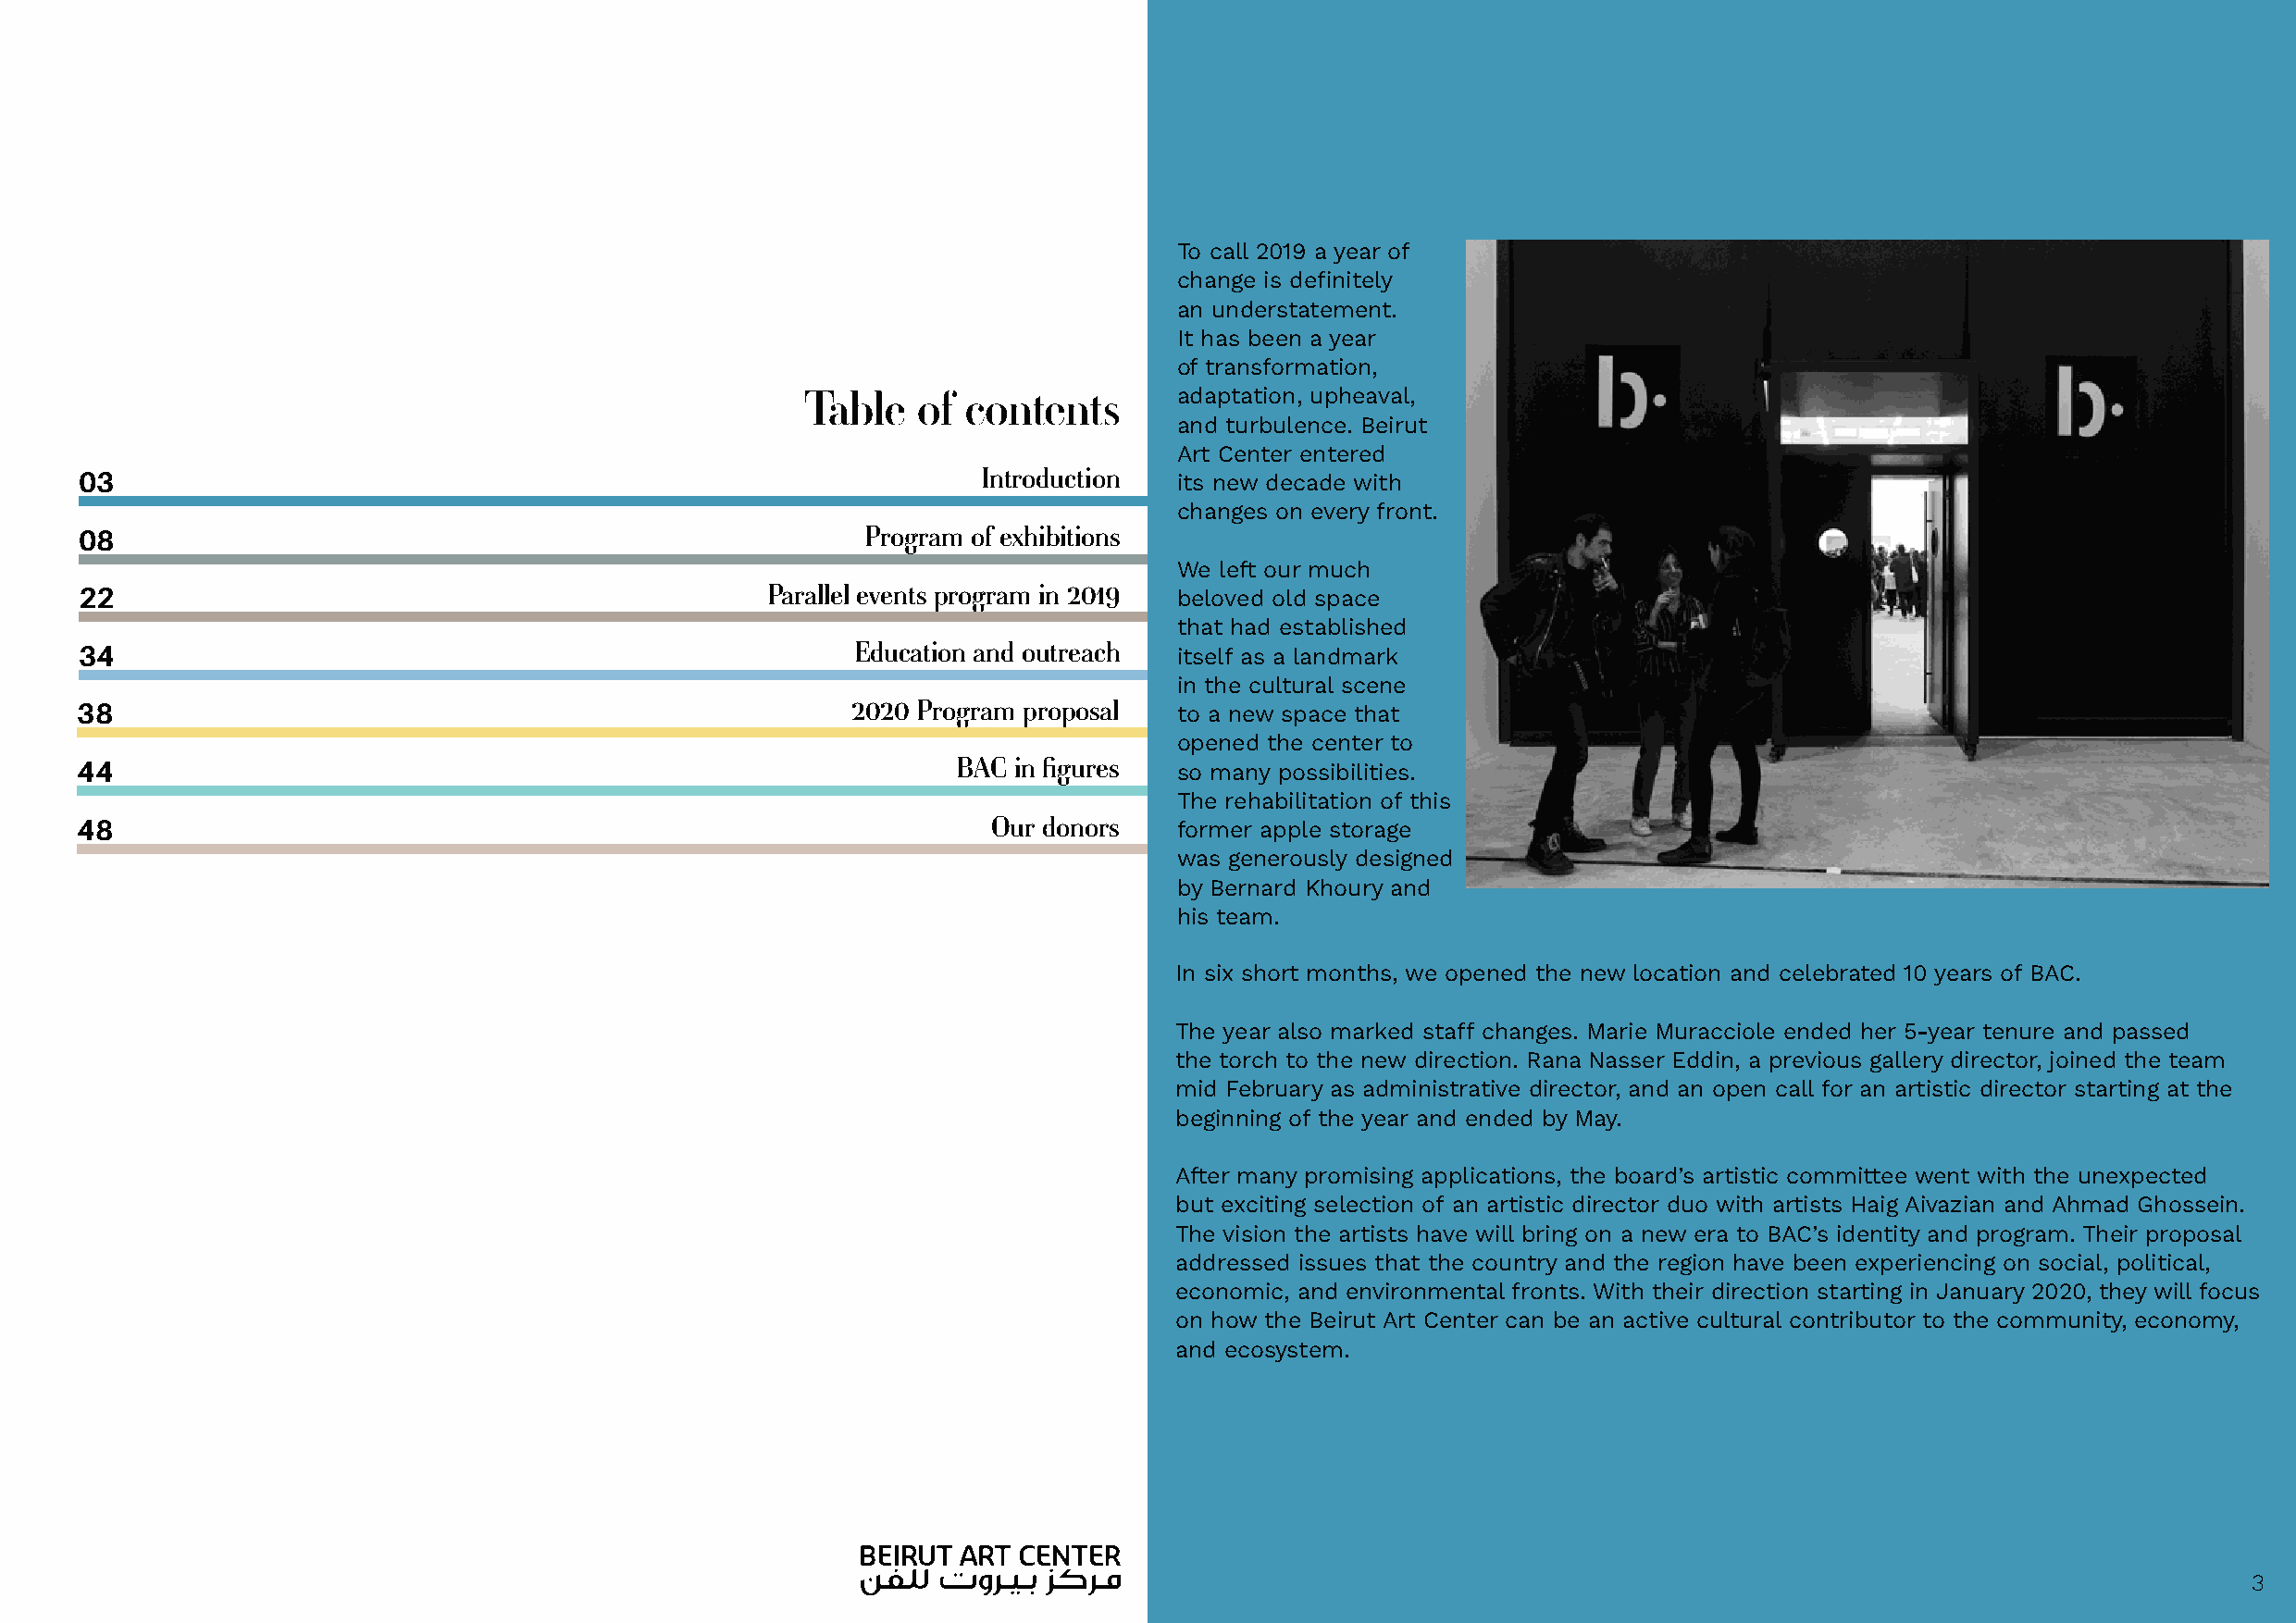
To call 2019 a year of
 change is definitely
 an understatement.
 It has been a year
 of transformation,
 Table   of contents       adaptation, upheaval,
 and turbulence. Beirut
 Art Center entered
 03                                                              Introduction  its new decade with
 changes on every front.
 08                                                      Program of exhibitions
 We left our much
 22                                               Parallel events program in 2019 beloved old space
 that had established
 34                                                     Education and outreach itself as a landmark
 in the cultural scene
 38                                                     2020 Program proposal  to a new space that
 opened the center to
 44                                                            BAC  in figures so many possibilities.
 The rehabilitation of this
 48                                                               Our donors   former apple storage
 was generously designed
 by Bernard Khoury and
 his team.
 In six short months, we opened the new location and celebrated 10 years of BAC.
 The year also marked staff changes. Marie Muracciole ended her 5-year tenure and passed
 the torch to the new direction. Rana Nasser Eddin, a previous gallery director, joined the team
 mid February as administrative director, and an open call for an artistic director starting at the
 beginning of the year and ended by May.
 After many promising applications, the board’s artistic committee went with the unexpected
 but exciting selection of an artistic director duo with artists Haig Aivazian and Ahmad Ghossein.
 The vision the artists have will bring on a new era to BAC’s identity and program. Their proposal
 addressed issues that the country and the region have been experiencing on social, political,
 economic, and environmental fronts. With their direction starting in January 2020, they will focus
 on how the Beirut Art Center can be an active cultural contributor to the community, economy,
 and ecosystem.
 33